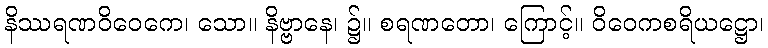
နိဿရဏဝိဝေကေ၊ သော။ နိဗ္ဗာနေ၊ ၌။ စရဏတော၊ ကြောင့်။ ဝိဝေကစရိယဋ္ဌော၊